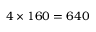
4 \times 1 6 0 = 6 4 0